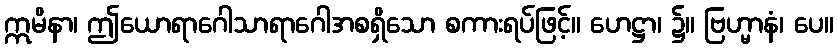
ဣမိနာ၊ ဤယောရာဂေါသာရာဂေါအစရှိသော စကားရပ်ဖြင့်။ ဟေဋ္ဌာ၊ ၌။ ဗြဟ္မာနံ၊ ပေ။